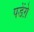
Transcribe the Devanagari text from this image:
पडेंग़े